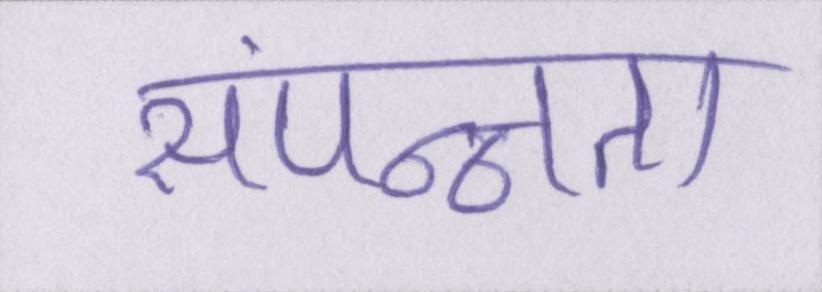
संपन्नता